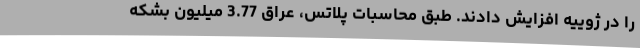
را در ژوییه افزایش دادند. طبق محاسبات پلاتس، عراق 3.77 میلیون بشکه